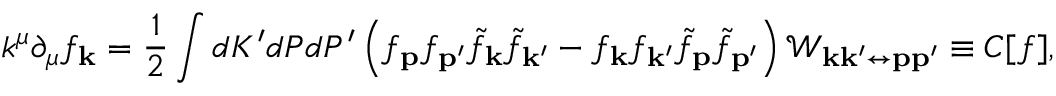
k ^ { \mu } \partial _ { \mu } f _ { \mathbf { k } } = \frac { 1 } { 2 } \int d K ^ { \prime } d P d P ^ { \prime } \left( f _ { \mathbf { p } } f _ { \mathbf { p } ^ { \prime } } \tilde { f } _ { \mathbf { k } } \tilde { f } _ { \mathbf { k } ^ { \prime } } - f _ { \mathbf { k } } f _ { \mathbf { k } ^ { \prime } } \tilde { f } _ { \mathbf { p } } \tilde { f } _ { \mathbf { p ^ { \prime } } } \right) \mathcal { W } _ { \mathbf { k } \mathbf { k } ^ { \prime } \leftrightarrow \mathbf { p } \mathbf { p } ^ { \prime } } \equiv C [ f ] ,